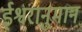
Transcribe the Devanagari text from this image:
ईश्वरानुमान